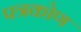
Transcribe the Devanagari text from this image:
पत्रकोण